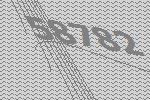
58782